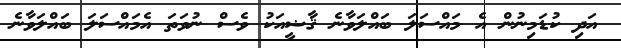
އަދި ކުޑަމިނުން އެ މައްސަލަ ބައްލަވާނެ ޤާޟީއަކު ވެސް ނުވަތަ އެމައްސަލަ ބައްލަވާނެ